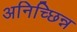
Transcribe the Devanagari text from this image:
अनिच्छिन्न